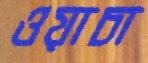
ওয়াচা